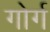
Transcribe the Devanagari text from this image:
गोर्ग